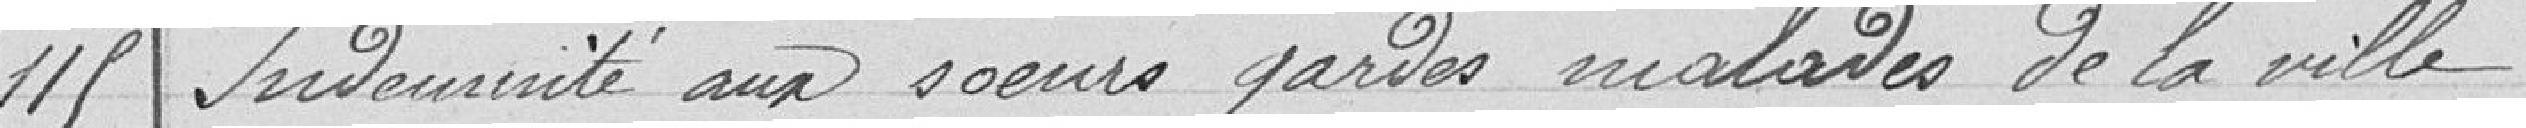
115 Indemnité aux soeurs gardes malades de la ville